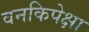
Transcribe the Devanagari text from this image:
वनकिपेक्षा